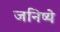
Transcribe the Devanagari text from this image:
जनिष्ये